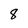
Character: 8